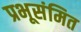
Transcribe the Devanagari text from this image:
प्रभूसंमित